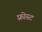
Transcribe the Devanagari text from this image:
फ़्रोस्ट